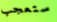
ستعجب